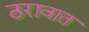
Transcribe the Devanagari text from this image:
ठरावात